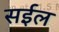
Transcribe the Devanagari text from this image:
सईल